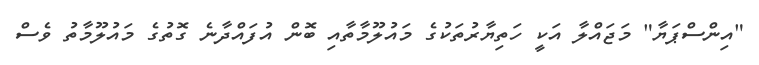
"އިންސްޕަޔާ" މަޖައްލާ އަކީ ހަތިޔާރުތަކުގެ މައުލޫމާތާއި ބޮން އުފައްދާނެ ގޮތުގެ މައުލޫމާތު ވެސް